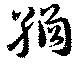
繘